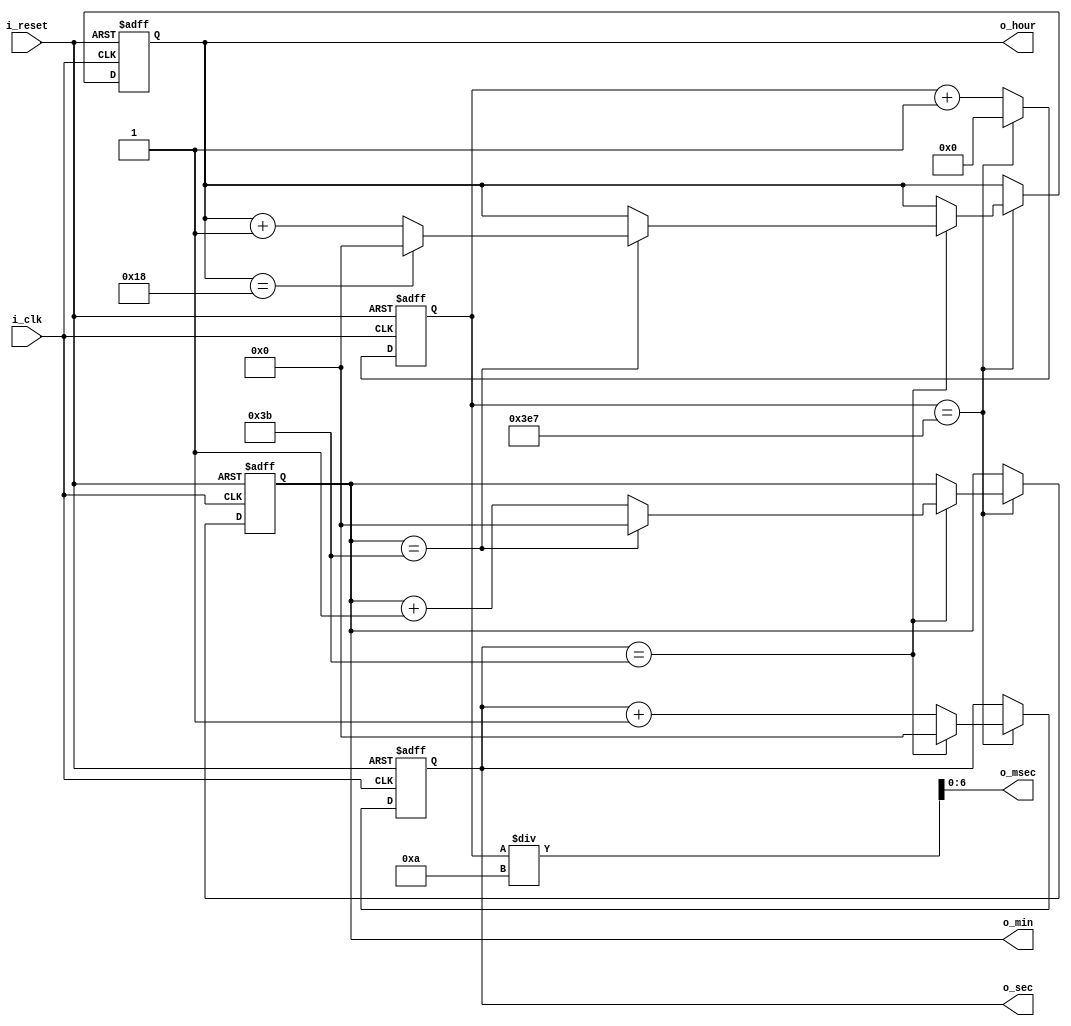
module time_clock_counter(
    input i_clk,
    input i_reset,
    output [5:0] o_hour, o_min, o_sec,
    output [6:0] o_msec
    );

    reg[5:0] r_hour = 0, r_min = 0, r_sec = 0;
    reg[9:0] r_msec = 0;

    assign o_hour = r_hour;
    assign o_min = r_min;
    assign o_sec = r_sec;
    assign o_msec = r_msec / 10;

    always @(posedge i_clk or posedge i_reset) begin
        if(i_reset) begin
            r_hour <= 0;
            r_min <= 0;
            r_sec <= 0;
            r_msec <= 0;
        end
        else begin
            if(r_msec == 999) begin
                r_msec <= 0;

                if(r_sec == 59) begin
                    r_sec <= 0;
                    
                    if(r_min == 59) begin
                        r_min <= 0;

                        if(r_hour == 24) begin
                            r_hour <= 0;
                        end

                        else begin
                            r_hour <= r_hour + 1;
                        end
                        
                    end

                    else begin
                        r_min <= r_min + 1;
                    end
                end
                else begin
                    r_sec <= r_sec + 1;
                end
            end
            else begin
                r_msec <= r_msec + 1;
            end

        end
        
    end
endmodule